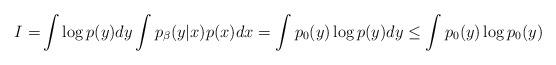
LaTeX: \begin{align*} I =&\int \log p(y)dy \int p_{\beta}(y|x)p(x) dx = \int p_{0}(y)\log p(y)dy \leq \int p_{0}(y)\log p_{0}(y)\end{align*}